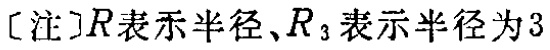
[注]R表示半径、$R_{3}$表示半径为3